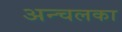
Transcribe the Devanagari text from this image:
अन्चलका